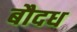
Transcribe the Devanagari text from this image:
बौदध